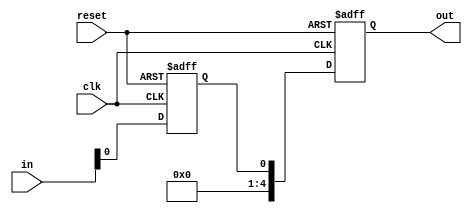
`timescale 1ns / 1ps
//////////////////////////////////////////////////////////////////////////////////
// Company: 
// Engineer: 
// 
// Design Name: 
// Module Name: synchronizer
// Project Name: 
// Target Devices: 
// Tool Versions: 
// Description: 
// 
// Dependencies: 
// 
// Revision:
// Revision 0.01 - File Created
// Additional Comments:
// 
//////////////////////////////////////////////////////////////////////////////////


module synchronizer(clk,reset,in,out);
input clk,reset;
input [4:0] in;
output reg [4:0]out;
reg out1;
always@(posedge clk or posedge reset)
begin
if(reset)
{out,out1}<=0;
else
begin
out1<=in;
out<=out1;
end
end
endmodule